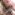
ما